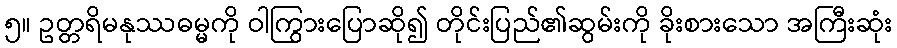
၅။ ဥတ္တရိမနုဿဓမ္မကို ဝါကြွားပြောဆို၍ တိုင်းပြည်၏ဆွမ်းကို ခိုးစားသော အကြီးဆုံး